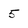
Character: 5